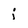
Character: j